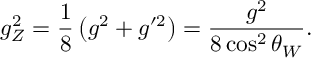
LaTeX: g _ { Z } ^ { 2 } = \frac { 1 } { 8 } \left( g ^ { 2 } + g ^ { \prime 2 } \right) = \frac { g ^ { 2 } } { 8 \cos ^ { 2 } \theta _ { W } } .